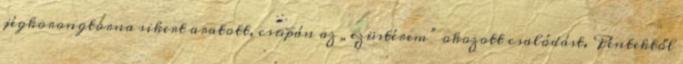
jégkorongtorna sikert aratott, csupán az „ezüstérem” okozott csalódást. Péntektől